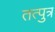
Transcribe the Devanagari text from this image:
तत्पुत्र